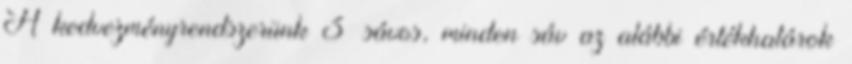
A kedvezményrendszerünk 3 sávos, minden sáv az alábbi értékhatárok